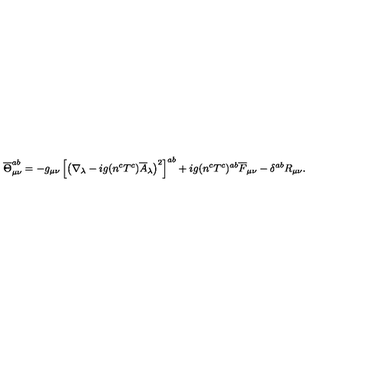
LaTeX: \overline { { \Theta } } _ { \mu \nu } ^ { a b } = - g _ { \mu \nu } \left[ \left( \nabla _ { \lambda } - i g ( n ^ { c } T ^ { c } ) \overline { { A } } _ { \lambda } \right) ^ { 2 } \right] ^ { a b } + i g ( n ^ { c } T ^ { c } ) ^ { a b } \overline { { F } } _ { \mu \nu } - \delta ^ { a b } R _ { \mu \nu } .